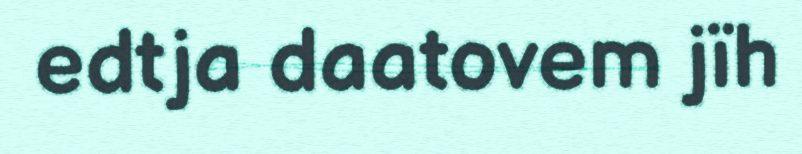
edtja daatovem jïh